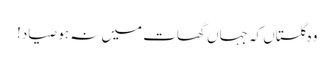
وہ گلستاں کہ جہاں گھات میں نہ ہو صیاد!